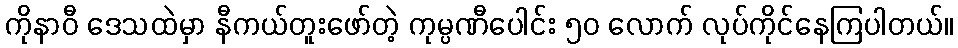
ကိုနာဝီ ဒေသထဲမှာ နီကယ်တူးဖော်တဲ့ ကုမ္ပဏီပေါင်း ၅၀ လောက် လုပ်ကိုင်နေကြပါတယ်။